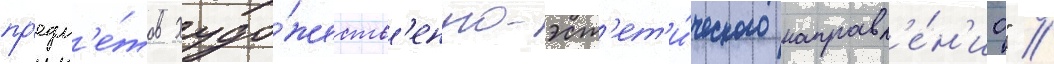
пр'едм'е́тов худо́жеств'енно-эст'ет'и́ческого направл'е́н'иа" //